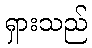
ရှားသည်